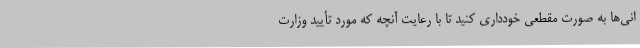
انی‌ها به صورت مقطعی خودداری کنید تا با رعایت آنچه که مورد تأیید وزارت